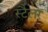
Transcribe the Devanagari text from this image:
स्टैलर